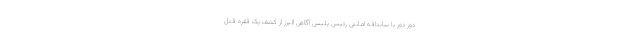
دور دور با سانتافه امانتی رئیس پلیس آگاهی البرز از کشف یک فقره قتل